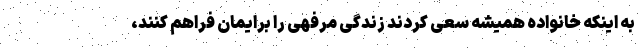
به اینکه خانواده همیشه سعی کردند زندگی مرفهی را برایمان فراهم کنند،